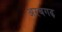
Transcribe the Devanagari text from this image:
अरबगढ़